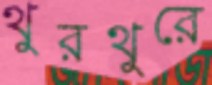
থুরথুরে